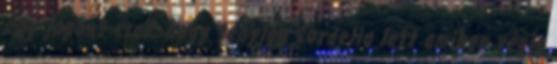
Egy jópont csak, hogy tényleg Cordelia lett amiben végig